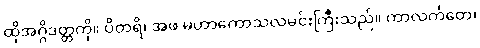
ထိုအဂ္ဂိဒတ္တကို။ ပိတရိ၊ အဖ မဟာကောသလမင်းကြီးသည်။ ကာလင်္ကတေ၊